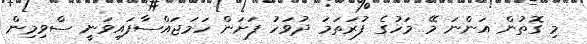
މި ގޮތުން އަންނަ މޭ މަހުގެ ފުރަތަމަ ދުވަހު ފަށަން ހަމަޖައްސާފައިވަނީ ސްވިމިން